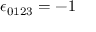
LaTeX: \epsilon _ { 0 1 2 3 } = - 1